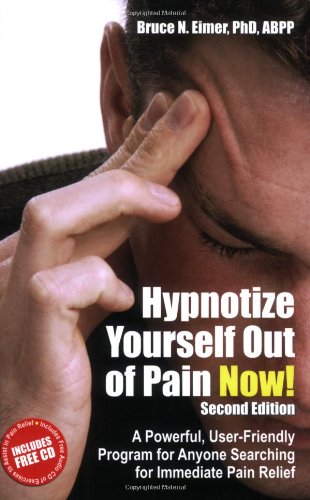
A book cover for Hypnotize Yourself Out of Pain Now!: A Powerful User-friendly Program for Anyone Searching for Immediate Pain Relief (Book & CD); Bruce Eimer; Self-Help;